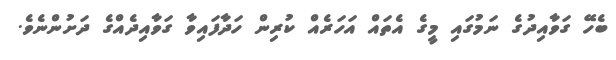
ބެހޭ ގަވާއިދުގެ ނަމުގައި މީގެ އެތައް އަހަރެއް ކުރިން ހަދާފައިވާ ގަވާއިދެއްގެ ދަށުންނެވެ.